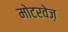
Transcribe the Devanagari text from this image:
मोटरवेज़